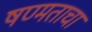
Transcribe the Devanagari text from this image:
षण्मताचा